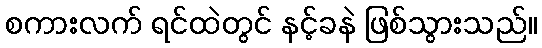
စကားလက် ရင်ထဲတွင် နင့်ခနဲ ဖြစ်သွားသည်။